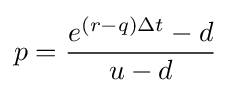
p={\frac {e^{(r-q)\Delta t}-d}{u-d}}